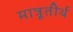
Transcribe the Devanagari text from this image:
मात्रूतीर्थ